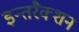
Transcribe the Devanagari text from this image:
इन्तरैक्शन